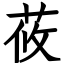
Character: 莜